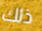
ذلك